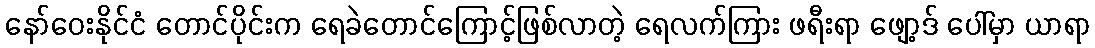
နော်ဝေးနိုင်ငံ တောင်ပိုင်းက ရေခဲတောင်ကြောင့်ဖြစ်လာတဲ့ ရေလက်ကြား ဖရီးရာ ဖျော့ဒ် ပေါ်မှာ ယာရာ